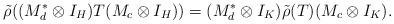
LaTeX: \begin{align*}\tilde{\rho}((M_d^*\otimes I_H)T(M_c\otimes I_H)) = (M_d^*\otimes I_K)\tilde{\rho}(T)(M_c\otimes I_K).\end{align*}